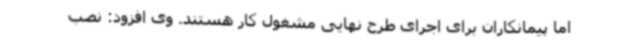
اما پیمانکاران برای اجرای طرح نهایی مشغول کار هستند. وی ‌افزود: نصب